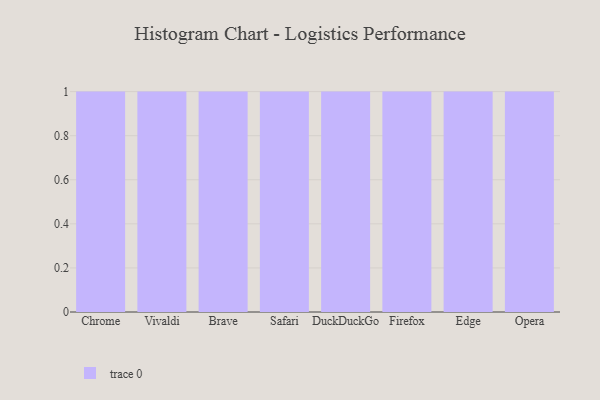
{"axis": {"x": "Browser", "y": "Humidity (%)"}, "legend": [""], "data": [{"x": "Chrome", "y": 64, "type": ""}, {"x": "Vivaldi", "y": 20, "type": ""}, {"x": "Brave", "y": 29, "type": ""}, {"x": "Safari", "y": 33, "type": ""}, {"x": "DuckDuckGo", "y": 91, "type": ""}, {"x": "Firefox", "y": 41, "type": ""}, {"x": "Edge", "y": 78, "type": ""}, {"x": "Opera", "y": 1, "type": ""}]}